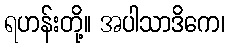
ရဟန်းတို့။ အပါသာဒိကေ၊